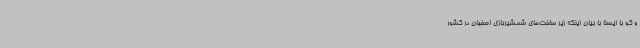
و گو با ایسنا با بیان اینکه زیر ساخت‌های شمشیربازی اصفهان در کشور